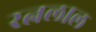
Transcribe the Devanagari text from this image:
रत्नलाल